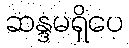
ဆန္ဒမရှိပေ